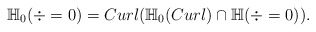
\begin{align*}\mathbb{H}_0(\div=0)=Curl(\mathbb{H}_0(Curl)\cap \mathbb{H}(\div=0)).\end{align*}